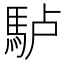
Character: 𩢬